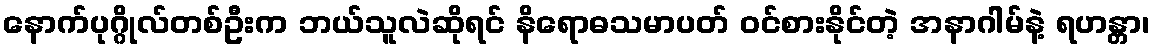
နောက်ပုဂ္ဂိုလ်တစ်ဦးက ဘယ်သူလဲဆိုရင် နိရောဓသမာပတ် ဝင်စားနိုင်တဲ့ အနာဂါမ်နဲ့ ရဟန္တာ၊